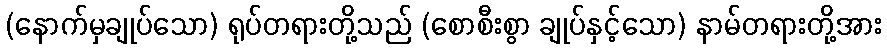
(နောက်မှချုပ်သော) ရုပ်တရားတို့သည် (စောစီးစွာ ချုပ်နှင့်သော) နာမ်တရားတို့အား